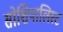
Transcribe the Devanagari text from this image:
सोशियालिस्ट